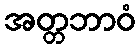
အတ္တဘာဝံ